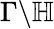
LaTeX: \Gamma\backslash\mathbb{H}